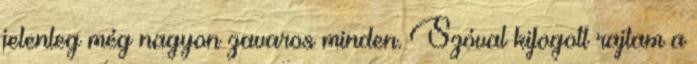
jelenleg még nagyon zavaros minden. Szóval kifogott rajtam a